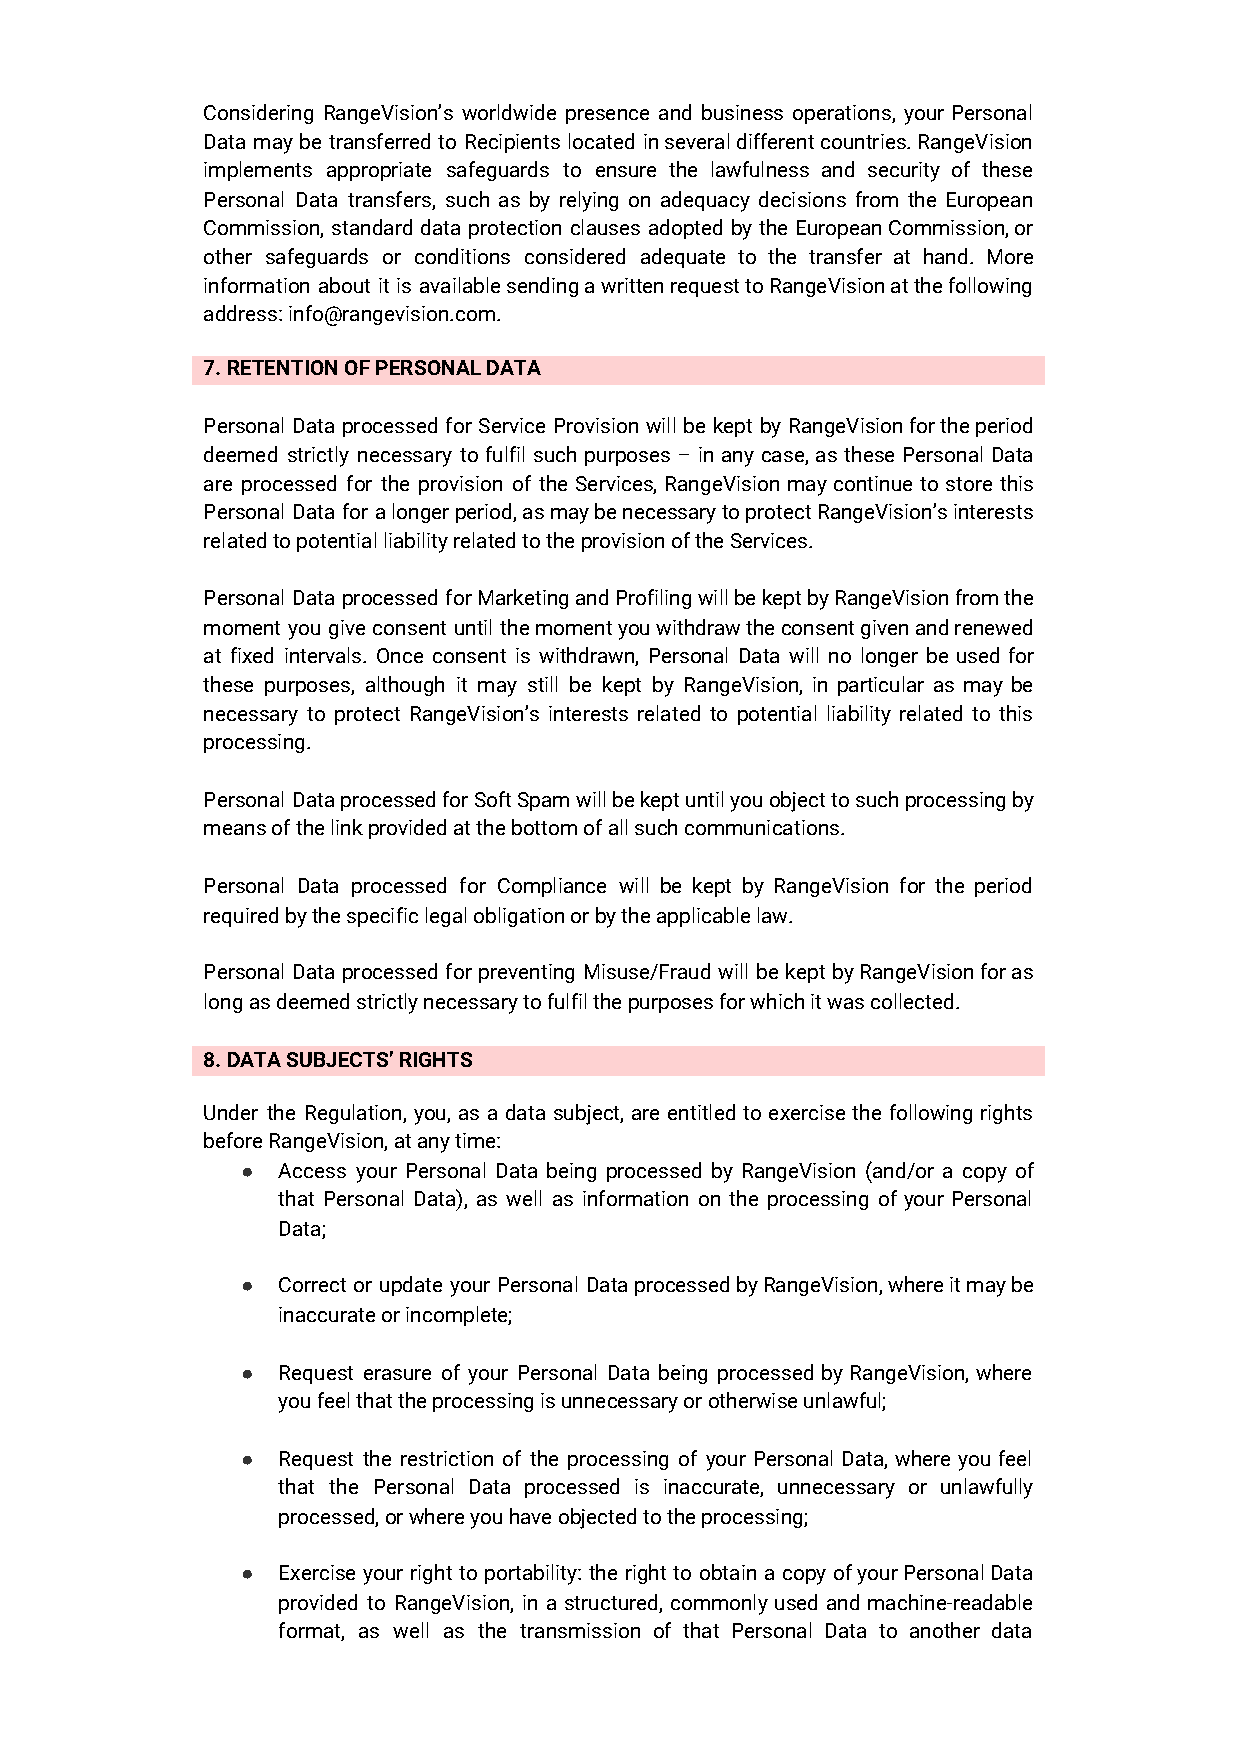
Considering RangeVision’s worldwide presence and business operations, your Personal
 Data may be transferred to Recipients located in several different countries. RangeVision
 implements appropriate safeguards to ensure the lawfulness and security of these
 Personal Data transfers, such as by relying on adequacy decisions from the European
 Commission, standard data protection clauses adopted by the European Commission, or
 other safeguards or conditions considered adequate to the transfer at hand. More
 information about it is available sending a written request to RangeVision at the following
 address: info@rangevision.com.
 7. RETENTION OF PERSONAL DATA
 Personal Data processed for Service Provision will be kept by RangeVision for the period
 deemed strictly necessary to fulfil such purposes – in any case, as these Personal Data
 are processed for the provision of the Services, RangeVision may continue to store this
 Personal Data for a longer period, as may be necessary to protect RangeVision’s interests
 related to potential liability related to the provision of the Services.
 Personal Data processed for Marketing and Profiling will be kept by RangeVision from the
 moment you give consent until the moment you withdraw the consent given and renewed
 at fixed intervals. Once consent is withdrawn, Personal Data will no longer be used for
 these purposes, although it may still be kept by RangeVision, in particular as may be
 necessary to protect RangeVision’s interests related to potential liability related to this
 processing.
 Personal Data processed for Soft Spam will be kept until you object to such processing by
 means of the link provided at the bottom of all such communications.
 Personal Data processed for Compliance will be kept by RangeVision for the period
 required by the specific legal obligation or by the applicable law.
 Personal Data processed for preventing Misuse/Fraud will be kept by RangeVision for as
 long as deemed strictly necessary to fulfil the purposes for which it was collected.
 8. DATA SUBJECTS’ RIGHTS
 Under the Regulation, you, as a data subject, are entitled to exercise the following rights
 before RangeVision, at any time:
 ● Access your Personal Data being processed by RangeVision (and/or a copy of
 that Personal Data), as well as information on the processing of your Personal
 Data;
 ● Correct or update your Personal Data processed by RangeVision, where it may be
 inaccurate or incomplete;
 ● Request erasure of your Personal Data being processed by RangeVision, where
 you feel that the processing is unnecessary or otherwise unlawful;
 ● Request the restriction of the processing of your Personal Data, where you feel
 that the Personal Data processed is inaccurate, unnecessary or unlawfully
 processed, or where you have objected to the processing;
 ● Exercise your right to portability: the right to obtain a copy of your Personal Data
 provided to RangeVision, in a structured, commonly used and machine-readable
 format, as well as the transmission of that Personal Data to another data